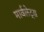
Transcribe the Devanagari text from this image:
मार्वलेट्स